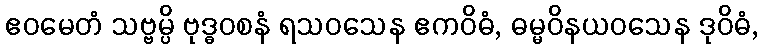
ဧဝမေတံ သဗ္ဗမ္ပိ ဗုဒ္ဓဝစနံ ရသဝသေန ဧကဝိဓံ, ဓမ္မဝိနယဝသေန ဒုဝိဓံ,